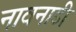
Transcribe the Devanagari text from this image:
नावनाडी